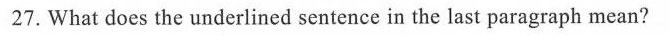
27.What does the underlined sentence in the last paragraph mean?